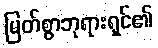
မြတ်စွာဘုရားရှင်၏